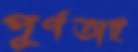
পূর্ণতাই